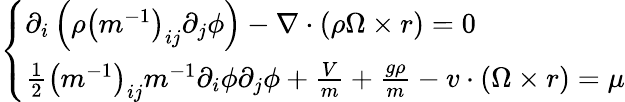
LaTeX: \left\{ \begin{array}{l}{\partial_{i}\left(\rho\left(m^{-1}\right)_{ij}\partial_{j}\phi\right)-\nabla\cdot(\rho\Omega\times r)=0}\\ {\frac{1}{2}\left(m^{-1}\right)_{ij}m^{-1}\partial_{i}\phi\partial_{j}\phi+\frac{V}{m}+\frac{g\rho}{m}-v\cdot(\Omega\times r)=\mu}\end{array}\right.